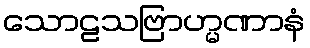
သောဠသဗြာဟ္မဏာနံ